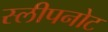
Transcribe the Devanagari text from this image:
स्लीपनोट